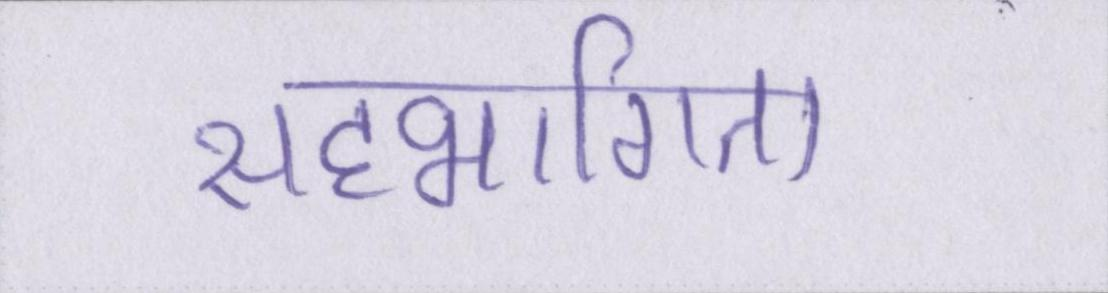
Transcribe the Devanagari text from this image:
सहभागिता